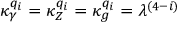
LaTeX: { \kappa _ { \gamma } ^ { q _ { i } } } = { \kappa _ { Z } ^ { q _ { i } } } = { \kappa _ { g } ^ { q _ { i } } } = \lambda ^ { ( 4 - i ) }